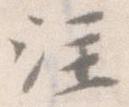
注